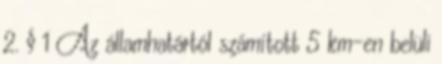
2. § 1 Az államhatártól számított 5 km-en belüli